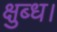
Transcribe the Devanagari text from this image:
क्षुब्ध।